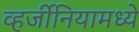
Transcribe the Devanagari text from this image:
व्हर्जीनियामध्ये